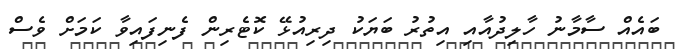
ބައެއް ސާމާނު ހާލިދުއާއި އިތުރު ބަޔަކު ދިރިއުޅޭ ކޮޓެރިން ފެނިފައިވާ ކަމަށް ވެސް